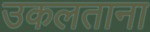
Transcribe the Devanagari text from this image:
उकलताना